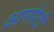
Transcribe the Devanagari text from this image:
आगपेटी